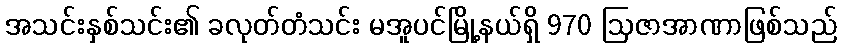
အသင်းနှစ်သင်း၏ ခလုတ်တံသင်း မအူပင်မြို့နယ်ရှိ 970 ဩဇာအာဏာဖြစ်သည်